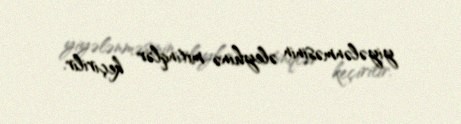
yiyələnməsinin əleyhinə mitinqlər keçirilir.